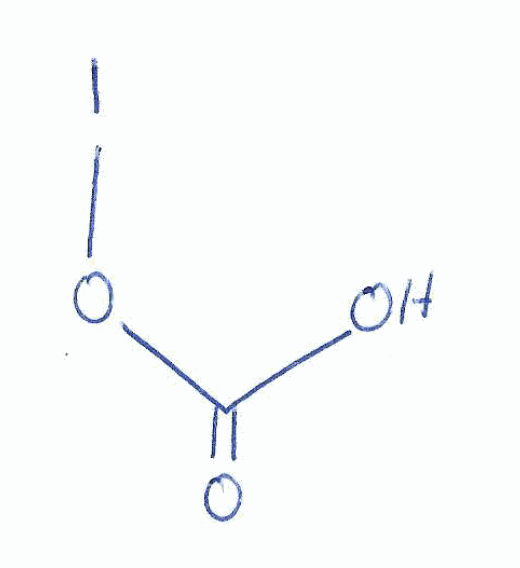
Simplified molecular-input line-entry system (SMILES) notation of the given molecule:
C(=O)(O)OI